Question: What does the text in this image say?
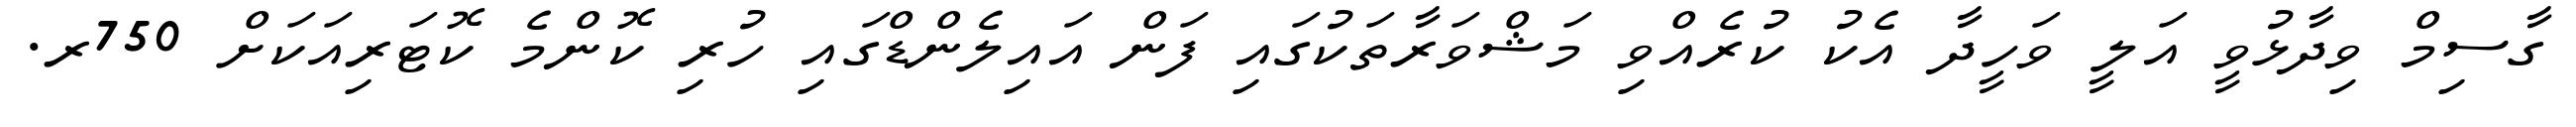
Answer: ގާސިމް ވިދާޅުވީ އަލީ ވަހީދާ އެކު ކުރެއްވި މަޝްވަރާތަކުގައި ފަން އައިލެންޑްގައި ހުރި ކޮންމެ ކޮޓަރިއަކަށް 750ރ.